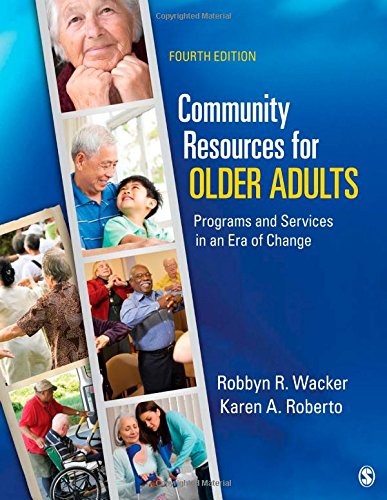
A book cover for Community Resources for Older Adults: Programs and Services in an Era of Change; Robbyn R. Wacker; Politics & Social Sciences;